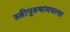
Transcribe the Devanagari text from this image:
स्त्रीपुरुषांमधल्या